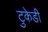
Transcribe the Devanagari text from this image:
टुकेडी